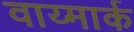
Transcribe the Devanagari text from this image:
वाय्मार्क